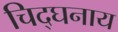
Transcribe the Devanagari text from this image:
चिद्घनाय